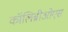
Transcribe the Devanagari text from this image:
कॉलिब्रीओएस